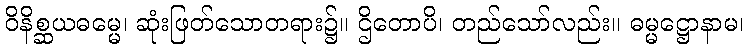
ဝိနိစ္ဆယဓမ္မေ၊ ဆုံးဖြတ်သောတရား၌။ ဌိတောပိ၊ တည်သော်လည်း။ ဓမ္မဋ္ဌောနာမ၊